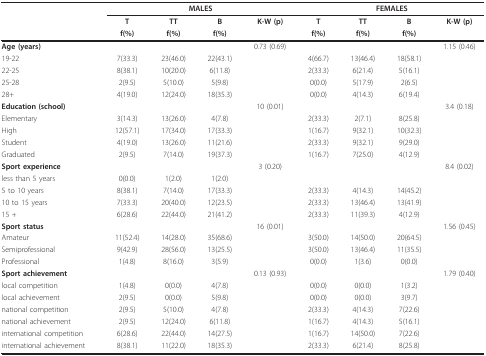
<table><thead><tr><td></td><td colspan="4"><b>MALES</b></td><td colspan="4"><b>FEMALES</b></td></tr><tr><td></td><td><b>T</b></td><td><b>TT</b></td><td><b>B</b></td><td><b>K-W (p)</b></td><td><b>T</b></td><td><b>TT</b></td><td><b>B</b></td><td><b>K-W (p)</b></td></tr><tr><td></td><td><b>f(%)</b></td><td><b>f(%)</b></td><td><b>f(%)</b></td><td></td><td><b>f(%)</b></td><td><b>f(%)</b></td><td><b>f(%)</b></td><td></td></tr></thead><tbody><tr><td><b>Age (years)</b></td><td></td><td></td><td></td><td>0.73 (0.69)</td><td></td><td></td><td></td><td>1.15 (0.46)</td></tr><tr><td>19-22</td><td>7(33.3)</td><td>23(46.0)</td><td>22(43.1)</td><td></td><td>4(66.7)</td><td>13(46.4)</td><td>18(58.1)</td><td></td></tr><tr><td>22-25</td><td>8(38.1)</td><td>10(20.0)</td><td>6(11.8)</td><td></td><td>2(33.3)</td><td>6(21.4)</td><td>5(16.1)</td><td></td></tr><tr><td>25-28</td><td>2(9.5)</td><td>5(10.0)</td><td>5(9.8)</td><td></td><td>0(0.0)</td><td>5(17.9)</td><td>2(6.5)</td><td></td></tr><tr><td>28+</td><td>4(19.0)</td><td>12(24.0)</td><td>18(35.3)</td><td></td><td>0(0.0)</td><td>4(14.3)</td><td>6(19.4)</td><td></td></tr><tr><td><b>Education (school)</b></td><td></td><td></td><td></td><td>10 (0.01)</td><td></td><td></td><td></td><td>3.4 (0.18)</td></tr><tr><td>Elementary</td><td>3(14.3)</td><td>13(26.0)</td><td>4(7.8)</td><td></td><td>2(33.3)</td><td>2(7.1)</td><td>8(25.8)</td><td></td></tr><tr><td>High</td><td>12(57.1)</td><td>17(34.0)</td><td>17(33.3)</td><td></td><td>1(16.7)</td><td>9(32.1)</td><td>10(32.3)</td><td></td></tr><tr><td>Student</td><td>4(19.0)</td><td>13(26.0)</td><td>11(21.6)</td><td></td><td>2(33.3)</td><td>9(32.1)</td><td>9(29.0)</td><td></td></tr><tr><td>Graduated</td><td>2(9.5)</td><td>7(14.0)</td><td>19(37.3)</td><td></td><td>1(16.7)</td><td>7(25.0)</td><td>4(12.9)</td><td></td></tr><tr><td><b>Sport experience</b></td><td></td><td></td><td></td><td>3 (0.20)</td><td></td><td></td><td></td><td>8.4 (0.02)</td></tr><tr><td>less than 5 years</td><td>0(0.0)</td><td>1(2.0)</td><td>1(2.0)</td><td></td><td></td><td></td><td></td><td></td></tr><tr><td>5 to 10 years</td><td>8(38.1)</td><td>7(14.0)</td><td>17(33.3)</td><td></td><td>2(33.3)</td><td>4(14.3)</td><td>14(45.2)</td><td></td></tr><tr><td>10 to 15 years</td><td>7(33.3)</td><td>20(40.0)</td><td>12(23.5)</td><td></td><td>2(33.3)</td><td>13(46.4)</td><td>13(41.9)</td><td></td></tr><tr><td>15 +</td><td>6(28.6)</td><td>22(44.0)</td><td>21(41.2)</td><td></td><td>2(33.3)</td><td>11(39.3)</td><td>4(12.9)</td><td></td></tr><tr><td><b>Sport status</b></td><td></td><td></td><td></td><td>16 (0.01)</td><td></td><td></td><td></td><td>1.56 (0.45)</td></tr><tr><td>Amateur</td><td>11(52.4)</td><td>14(28.0)</td><td>35(68.6)</td><td></td><td>3(50.0)</td><td>14(50.0)</td><td>20(64.5)</td><td></td></tr><tr><td>Semiprofessional</td><td>9(42.9)</td><td>28(56.0)</td><td>13(25.5)</td><td></td><td>3(50.0)</td><td>13(46.4)</td><td>11(35.5)</td><td></td></tr><tr><td>Professional</td><td>1(4.8)</td><td>8(16.0)</td><td>3(5.9)</td><td></td><td>0(0.0)</td><td>1(3.6)</td><td>0(0.0)</td><td></td></tr><tr><td><b>Sport achievement</b></td><td></td><td></td><td></td><td>0.13 (0.93)</td><td></td><td></td><td></td><td>1.79 (0.40)</td></tr><tr><td>local competition</td><td>1(4.8)</td><td>0(0.0)</td><td>4(7.8)</td><td></td><td>0(0.0)</td><td>0(0.0)</td><td>1(3.2)</td><td></td></tr><tr><td>local achievement</td><td>2(9.5)</td><td>0(0.0)</td><td>5(9.8)</td><td></td><td>0(0.0)</td><td>0(0.0)</td><td>3(9.7)</td><td></td></tr><tr><td>national competition</td><td>2(9.5)</td><td>5(10.0)</td><td>4(7.8)</td><td></td><td>2(33.3)</td><td>4(14.3)</td><td>7(22.6)</td><td></td></tr><tr><td>national achievement</td><td>2(9.5)</td><td>12(24.0)</td><td>6(11.8)</td><td></td><td>1(16.7)</td><td>4(14.3)</td><td>5(16.1)</td><td></td></tr><tr><td>international competition</td><td>6(28.6)</td><td>22(44.0)</td><td>14(27.5)</td><td></td><td>1(16.7)</td><td>14(50.0)</td><td>7(22.6)</td><td></td></tr><tr><td>international achievement</td><td>8(38.1)</td><td>11(22.0)</td><td>18(35.3)</td><td></td><td>2(33.3)</td><td>6(21.4)</td><td>8(25.8)</td><td></td></tr></tbody></table>